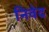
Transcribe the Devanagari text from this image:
निवेद